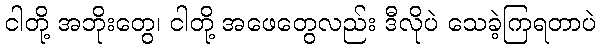
ငါတို့ အဘိုးတွေ၊ ငါတို့ အဖေတွေလည်း ဒီလိုပဲ သေခဲ့ကြရတာပဲ